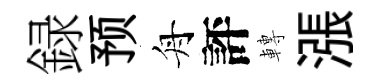
録预舟評轉漲